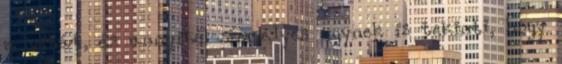
a vitát, és annyiból személyes ügynek is tekinti, hogy